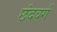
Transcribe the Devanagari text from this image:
छंदवर्ग